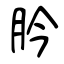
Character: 肣